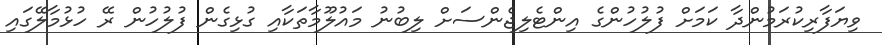
ވިޔަފާރިކުރަމުންދާ ކަމަށް ފުލުހުންގެ އިންޓެލިޖެންސަށް ލިބުނު މައުލޫމާތަކާއި ގުޅިގެން ފުލުހުން ރޭ ހުޅުމާލޭގައި